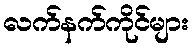
လက်နက်ကိုင်များ